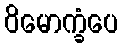
ဝိမောက္ခံပေ